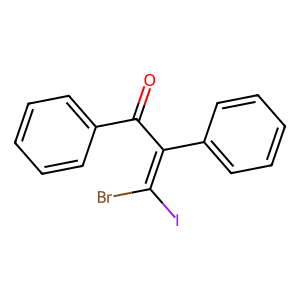
SMILES: O=C(C(=C(Br)I)c1ccccc1)c1ccccc1
Inhibits HIV replication: No